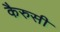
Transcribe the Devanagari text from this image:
कैरुसी